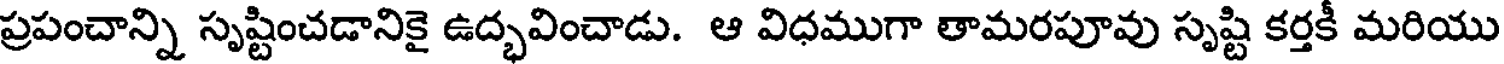
ప్రపంచాన్ని సృష్టించడానికై ఉద్భవించాడు. ఆ విధముగా తామరపూవు సృష్టి కర్తకీ మరియు